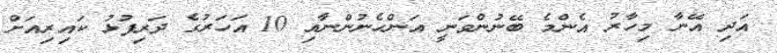
އަދި އޭނާ މިހާރު އެންމެ ބޭނުންވަނީ އަންހެނުންނާއި 10 އަހަރުގެ ދަރިފުޅު ކައިރިއަށް